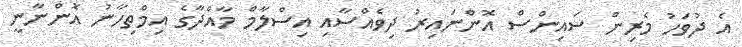
އެ ދުވަހު މެރިން ސައިންސް އޮންނައިރު ދިވެއްސާއި އިސްލާމް މާއްދާގެ އިމްތިހާނު އޮންނާނީ